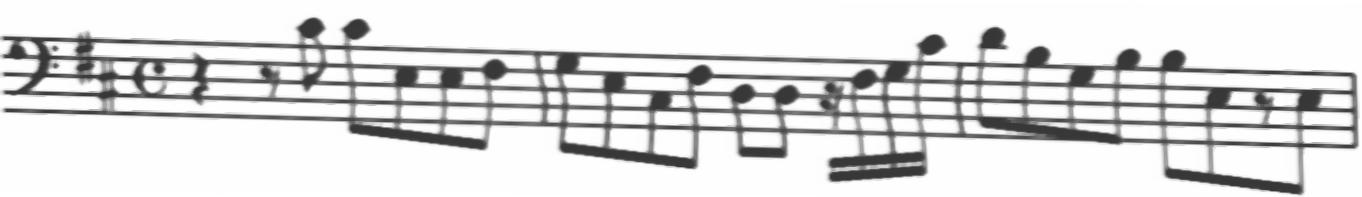
Transcription: clef-F4 keySignature-DM timeSignature-C rest-quarter rest-eighth note-C#4_eighth note-C#4_eighth note-E3_eighth note-E3_eighth note-F#3_eighth barline note-G3_eighth note-E3_eighth note-C#3_eighth note-F#3_eighth note-D3_eighth note-D3_eighth rest-sixteenth note-F#3_sixteenth note-G3_sixteenth note-C#4_sixteenth barline note-D4_eighth note-B3_eighth note-G3_eighth note-B3_eighth note-B3_eighth note-E3_eighth rest-eighth note-E3_eighth barline